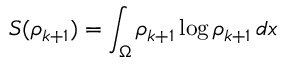
S ( \rho _ { k + 1 } ) = \int _ { \Omega } \rho _ { k + 1 } \log \rho _ { k + 1 } \, d x